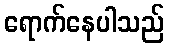
ရောက်နေပါသည်